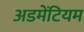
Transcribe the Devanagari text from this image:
अडमेंटियम